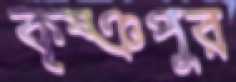
কৃষ্ঞপুর